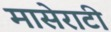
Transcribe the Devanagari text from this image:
मासेराटी